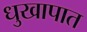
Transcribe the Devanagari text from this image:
धुखापात